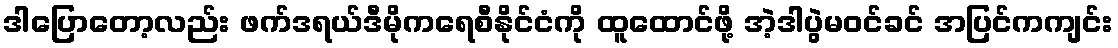
ဒါပြောတော့လည်း ဖက်ဒရယ်ဒီမိုကရေစီနိုင်ငံကို ထူထောင်ဖို့ အဲ့ဒါပွဲမဝင်ခင် အပြင်ကကျင်း